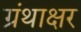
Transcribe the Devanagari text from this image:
ग्रंथाक्षर